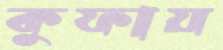
কুফায়